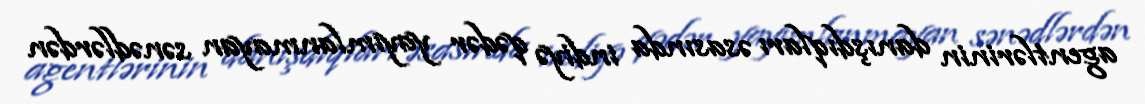
agentlərinin danışdıqları əsasında indiyə qədər yayımlanmayan sənədlərdən